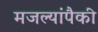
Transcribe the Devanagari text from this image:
मजल्यांपैकी